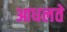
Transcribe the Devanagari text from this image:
आधलते